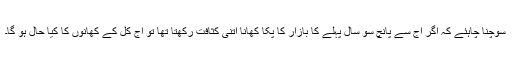
سوچنا چاہئے کہ اگر آج سے پانچ سو سال پہلے کا بازار کا پکا کھانا اتنی کثافت رکھتا تھا تو آج کل کے کھانوں کا کیا حال ہو گا۔